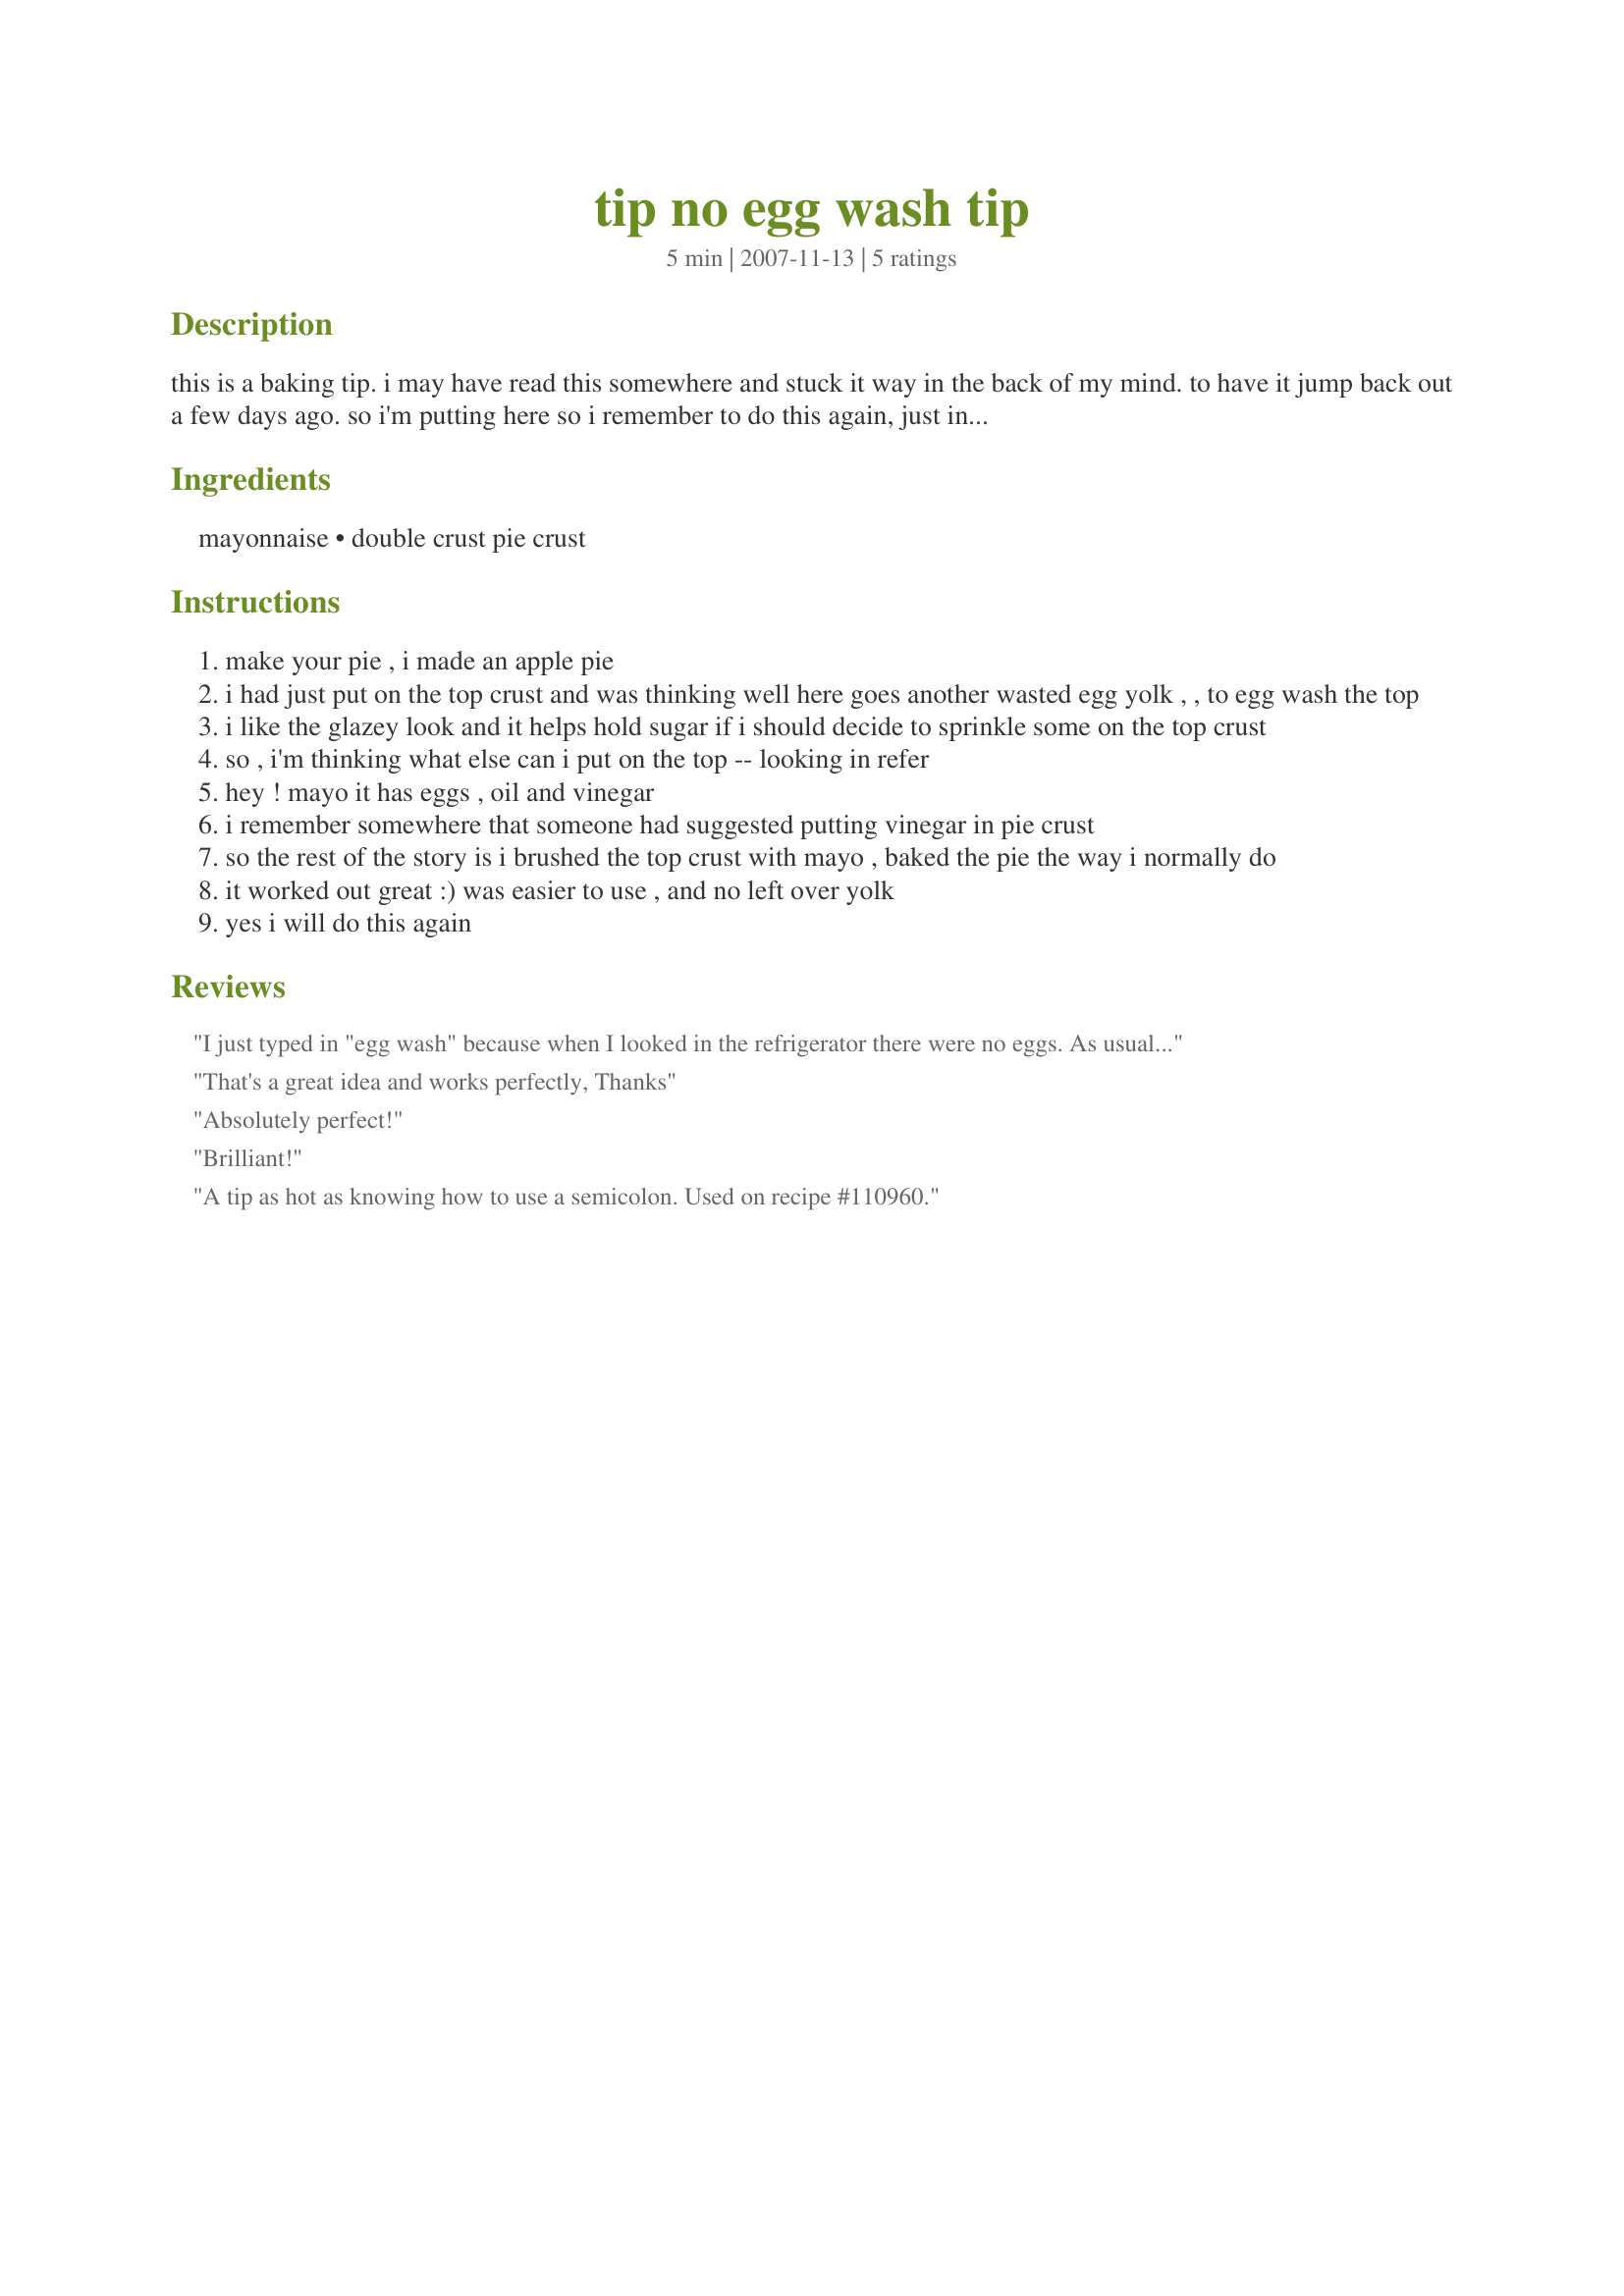
tip no egg wash tip
Preparation time: 5 minutes

this is a baking tip. i may have read this somewhere and stuck it way in the back of my mind. to have it jump back out a few days ago. so i'm putting here so i remember to do this again, just incase i stick it back in the back part of my brain again. if this was your idea i appologize for dublicating and let me know so i can eliminate this post and add yours to my long lost recipe cookbook :) i have tried this and it works! pretty well i might add.

Ingredients:
mayonnaise, double crust pie crust

Steps:
make your pie , i made an apple pie
i had just put on the top crust and was thinking well here goes another wasted egg yolk , , to egg wash the top
i like the glazey look and it helps hold sugar if i should decide to sprinkle some on the top crust
so , i'm thinking what else can i put on the top -- looking in refer
hey ! mayo it has eggs , oil and vinegar
i remember somewhere that someone had suggested putting vinegar in pie crust
so the rest of the story is i brushed the top crust with mayo , baked the pie the way i normally do
it worked out great :) was easier to use , and no left over yolk
yes i will do this again

Reviews:
I just typed in "egg wash" because when I looked in the refrigerator there were no eggs. As usual, Recipezaar cooking experts came to my rescue. Thanks, for a great tip
That's a great idea and works perfectly, Thanks
Absolutely perfect!
Brilliant!
A tip as hot as knowing how to use a semicolon. Used on recipe #110960.
